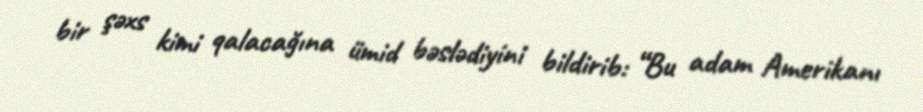
bir şəxs kimi qalacağına ümid bəslədiyini bildirib: “Bu adam Amerikanı